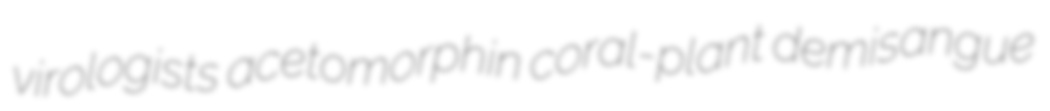
virologists acetomorphin coral-plant demisangue